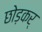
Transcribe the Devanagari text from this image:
छोड़कर्